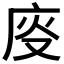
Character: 𱝄